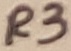
Text: R3